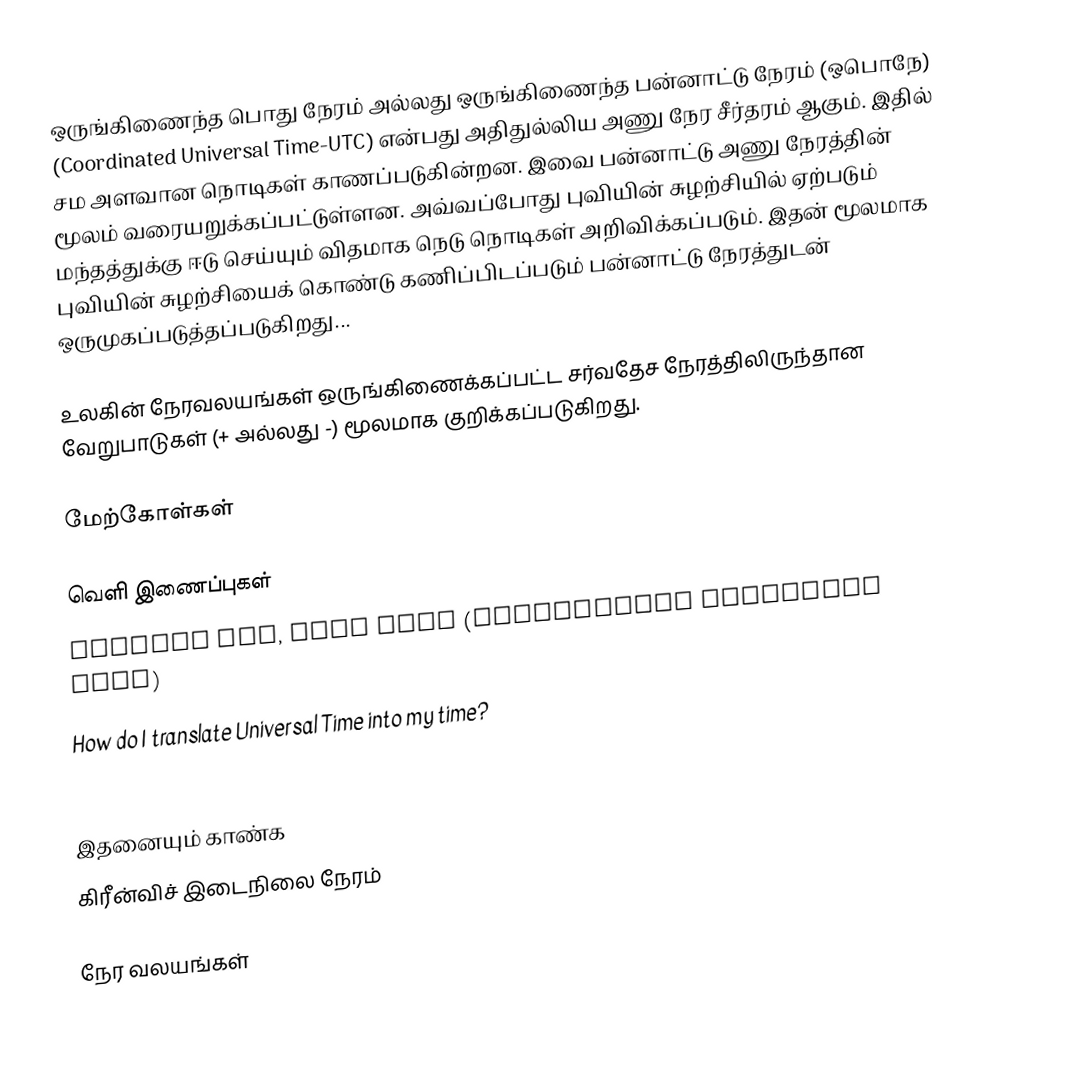
ஒருங்கிணைந்த பொது நேரம் அல்லது ஒருங்கிணைந்த பன்னாட்டு  நேரம் (ஒபொநே) (Coordinated Universal Time-UTC) என்பது அதிதுல்லிய அணு நேர சீர்தரம் ஆகும். இதில் சம அளவான நொடிகள் காணப்படுகின்றன. இவை பன்னாட்டு அணு நேரத்தின் மூலம் வரையறுக்கப்பட்டுள்ளன. அவ்வப்போது புவியின் சுழற்சியில் ஏற்படும் மந்தத்துக்கு ஈடு செய்யும் விதமாக நெடு நொடிகள் அறிவிக்கப்படும். இதன் மூலமாக புவியின் சுழற்சியைக் கொண்டு கணிப்பிடப்படும் பன்னாட்டு நேரத்துடன் ஒருமுகப்படுத்தப்படுகிறது...

உலகின் நேரவலயங்கள் ஒருங்கிணைக்கப்பட்ட சர்வதேச நேரத்திலிருந்தான வேறுபாடுகள் (+ அல்லது -) மூலமாக குறிக்கப்படுகிறது.

மேற்கோள்கள்

வெளி இணைப்புகள்
Current UTC, Time Zone (Coordinated Universal Time)
How do I translate Universal Time into my time?
GMT vs. UTC

இதனையும் காண்க
கிரீன்விச் இடைநிலை நேரம்

நேர வலயங்கள்